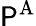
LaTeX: {\mathsf{P}}^{\mathrm{{A}}}